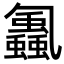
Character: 𮕕